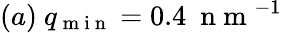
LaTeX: (a)\ q_{\mathrm{~m~i~n~}}=0.4\ \mathrm{~n~m~}^{-1}